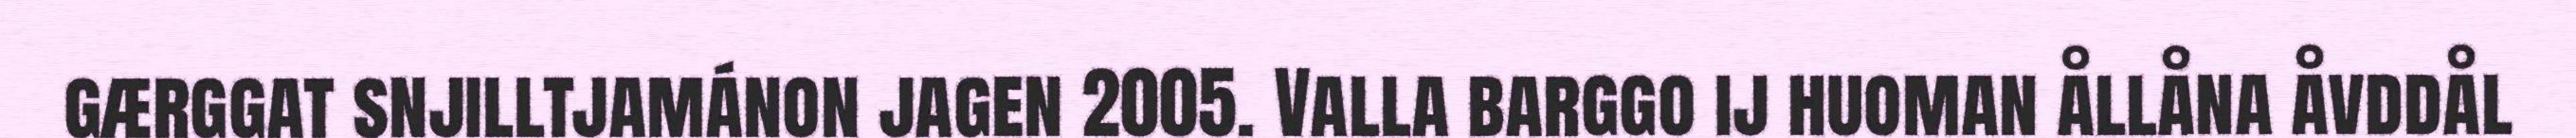
gærggat snjilltjamánon jagen 2005. Valla barggo ij huoman ållåna åvddål